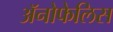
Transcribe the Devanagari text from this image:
अॅनोफेलिस